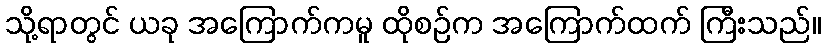
သို့ရာတွင် ယခု အကြောက်ကမူ ထိုစဉ်က အကြောက်ထက် ကြီးသည်။